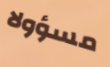
مسؤولا